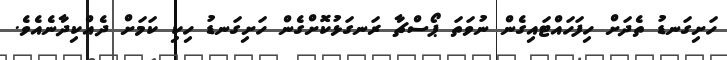
ހަށިގަނޑު ތެދަށް ހިފަހައްޓައިގެން ނުވަތަ ޕޯސްޗާ ރަނގަޅުކޮށްގެން ހަށިގަނޑު ހިކި ކަމަށް ދެއްކިދާނެއެވެ.